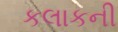
કલાકની